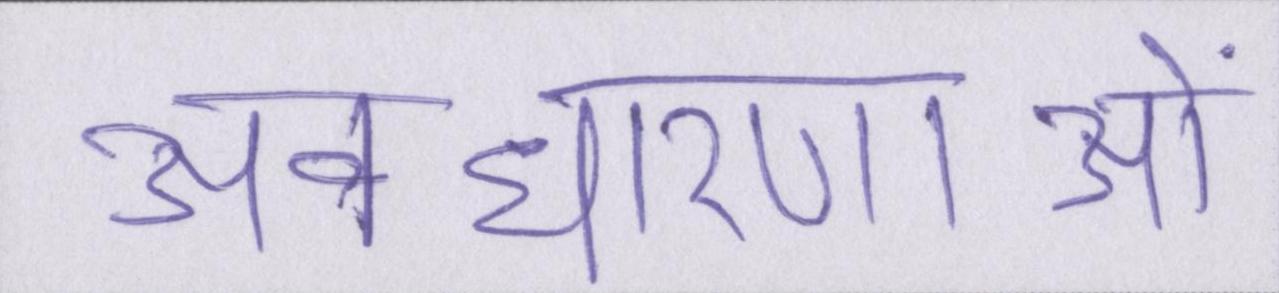
अवधारणाओं